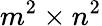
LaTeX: m^{2}\times n^{2}